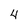
Character: 4